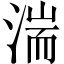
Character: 湍